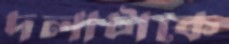
দলাটাকে